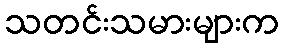
သတင်းသမားများက